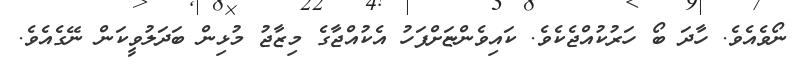
ނޯވެއެވެ. ހާދަ ބޯ ހަރުކުއްޖެކެވެ. ކައިވެންޏަށްފަހު އެކުއްޖާގެ މިޒާޖު މުޅިން ބަދަލުވީކަން ނޭގެއެވެ.